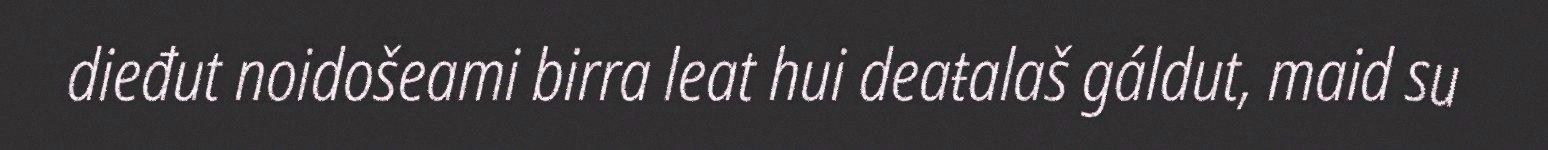
dieđut noidošeami birra leat hui deaŧalaš gáldut, maid su